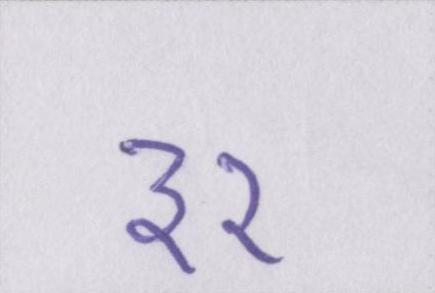
३२